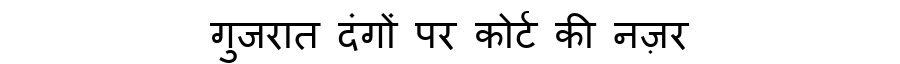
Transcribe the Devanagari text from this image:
गुजरात दंगों पर कोर्ट की नज़र